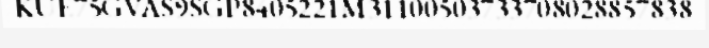
KUE75GVAS9SGP8405221M31100503733708028857838